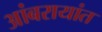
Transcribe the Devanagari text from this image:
आंबरायांत